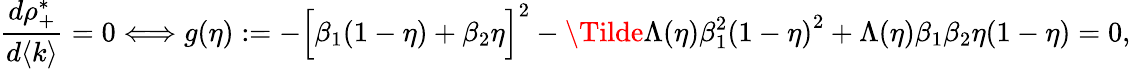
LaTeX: \frac{d\rho_{+}^{*}}{d\langle k\rangle}=0\Longleftrightarrow g(\eta):=-{\Big[\beta_{1}(1-\eta)+\beta_{2}\eta\Big]}^{2}-\Tilde{\Lambda}(\eta)\beta_{1}^{2}{(1-\eta)}^{2}+\Lambda(\eta)\beta_{1}\beta_{2}\eta(1-\eta)=0,